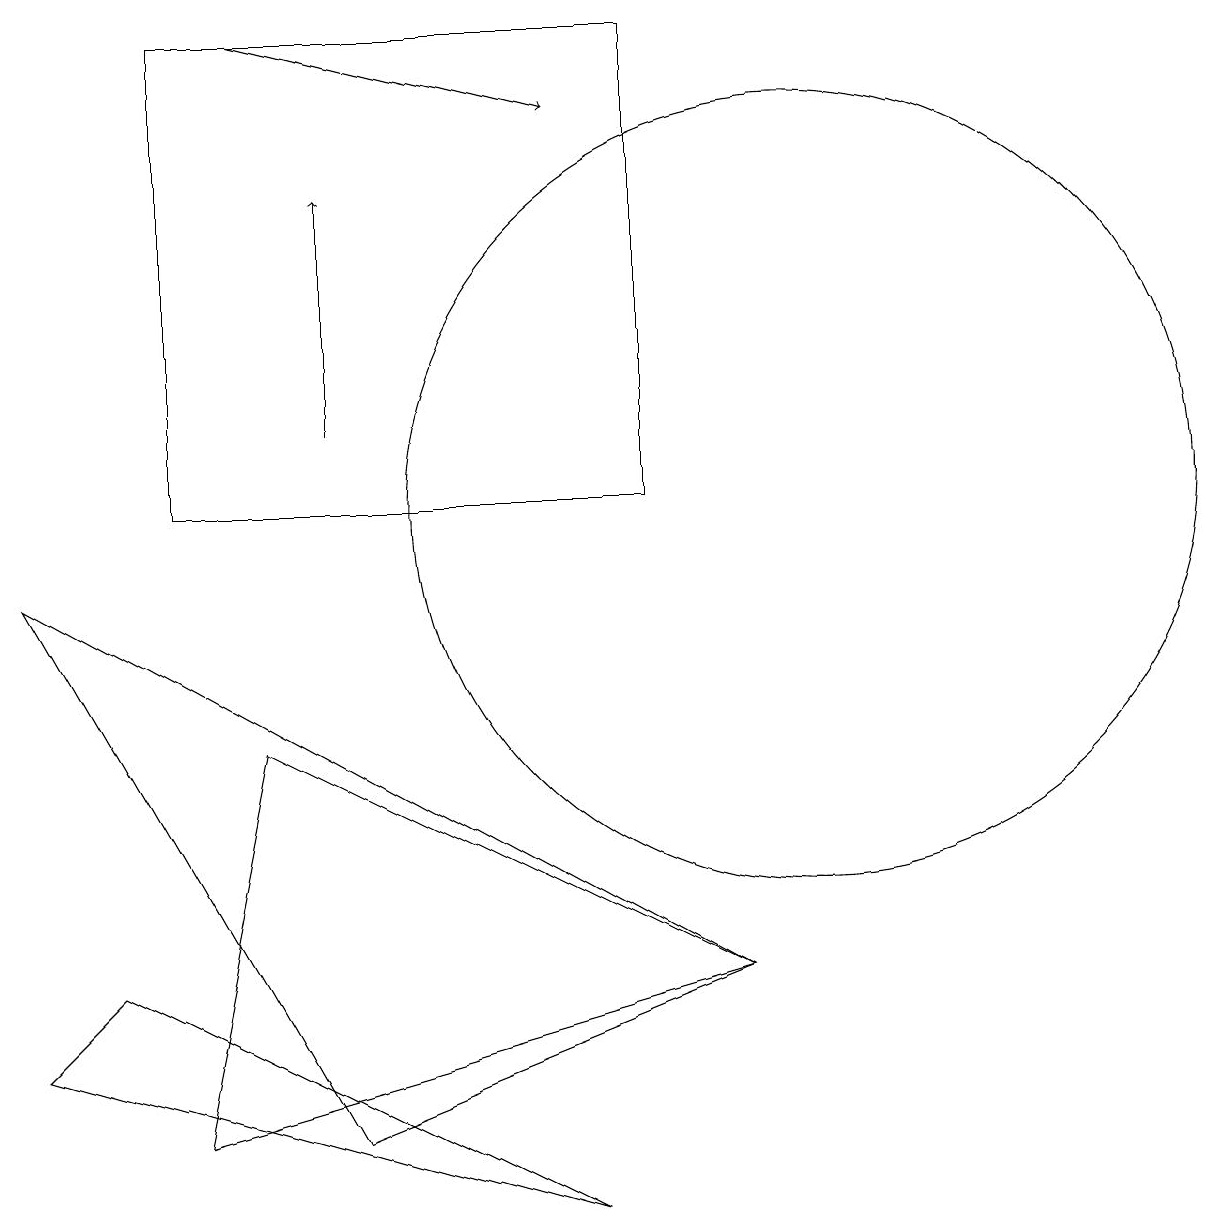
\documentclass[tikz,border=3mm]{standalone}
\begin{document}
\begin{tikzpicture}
\draw (10,10) circle (5);
\draw (3,7) -- (9,4) -- (2,2) -- cycle;
\draw[->] (4,11) -- (4,14);
\draw[->] (3,16) -- (7,15);
\draw (8,16) rectangle (2,10);
\draw (0,3) -- (1,4) -- (7,1) -- cycle;
\draw (9,4) -- (0,9) -- (4,2) -- cycle;
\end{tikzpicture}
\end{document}